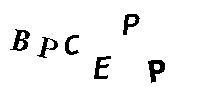
BPCEPP